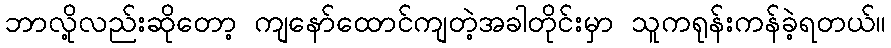
ဘာလို့လည်းဆိုတော့ ကျနော်ထောင်ကျတဲ့အခါတိုင်းမှာ သူကရုန်းကန်ခဲ့ရတယ်။